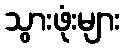
သွားဖုံးများ